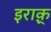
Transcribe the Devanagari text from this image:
इराक़्